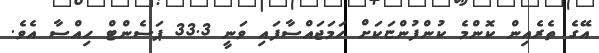
އޭގެ ތެރެއިން ކޮންމެ ކުންފުންޏަކަށް ހަަމަޖައްސާފައި ވަނީ 33.3 ޕަސެންޓް ހިއްސާ އެވެ.